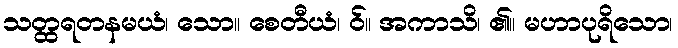
သတ္ထရတနမယံ၊ သော။ စေတီယံ၊ ဝ်။ အကာသိ၊ ၏။ မဟာပုရိသော၊